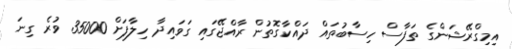
އިމިގްރޭޝަންގެ ތަފާސް ހިސާބުތައް ދައްކާގޮތުން ރާއްޖޭގައި ގަވައިދާ ހިލާފަށް 35000 ވުރެ ގިނަ